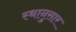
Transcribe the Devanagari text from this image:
स्थानुसार